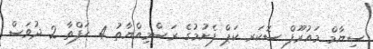
ސިޔާމް މައުރޫފް ސޮކަރ ކަޕް ފެށުމުގެ ރަސްމިއްޔާތު 4 ހަފްތާ 2 ދުވަސް